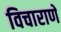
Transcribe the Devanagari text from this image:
विचाराणे